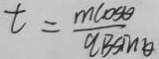
t = \frac { m \cos \theta } { q B \sin \theta }